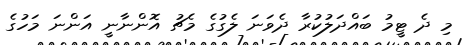
މި ދެ ޓީމު ބައްދަލުކުރާ ދެވަނަ ލެގުގެ މެޗު އޮންނާނީ އަންނަ މަހުގެ